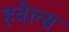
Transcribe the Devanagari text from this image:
हवेल्स